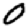
Digit: 0